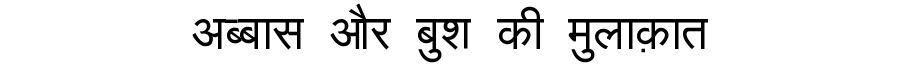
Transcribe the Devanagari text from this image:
अब्बास और बुश की मुलाक़ात